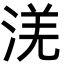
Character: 㳾